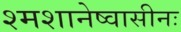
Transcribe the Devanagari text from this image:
श्मशानेष्वासीनः